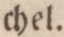
chel.